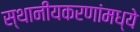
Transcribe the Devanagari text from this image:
स्थानीयकरणांमध्ये